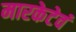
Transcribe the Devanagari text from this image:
मारकेटेवं